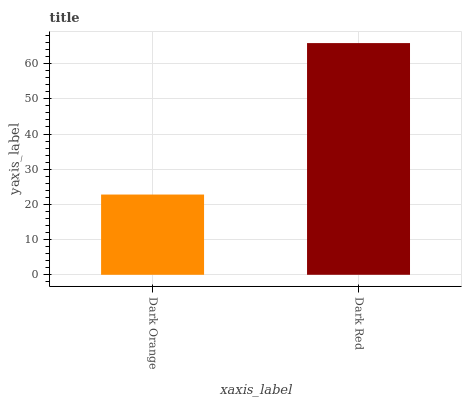
| xaxis_label | bars |
 | --- | --- |
 | Dark Orange | 22.8 |
 | Dark Red | 65.8 |